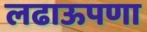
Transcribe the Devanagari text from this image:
लढाऊपणा